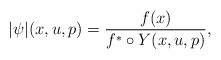
LaTeX: \begin{align*}|\psi|(x,u,p)=\frac{f(x)}{f^*\circ Y(x,u,p)},\end{align*}